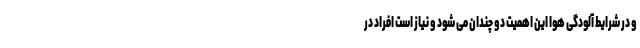
و در شرایط آلودگی هوا این اهمیت دو چندان می شود و نیاز است افراد در